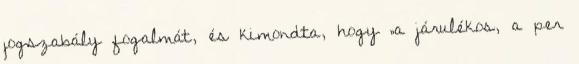
jogszabály fogalmát, és kimondta, hogy „a járulékos, a per